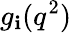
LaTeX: g_{\mathbf{i}}(q^{2})